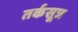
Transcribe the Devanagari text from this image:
तर्कसूत्र